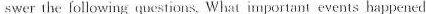
swer the following questions. What important events happened